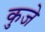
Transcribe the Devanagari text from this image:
कुजे